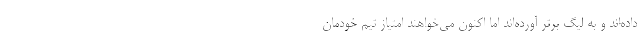
داده‌اند و به لیگ برتر آورده‌اند اما اکنون می‌خواهند امتیاز تیم خودمان